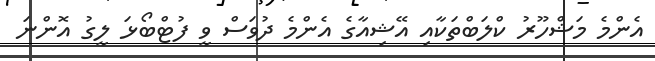
އެންމެ މަޝްހޫރު ކްލަބްތަކާއި އޭޝިއާގެ އެންމެ ދުވަސް ވީ ފުޓްބޯޅަ ލީގު އޮންނަ